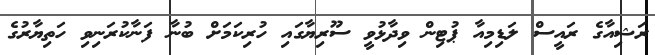
ރަޝިއާގެ ރައީސް ލަޑިމިއާ ޕުޓިން ވިދާޅުވީ ސޫރިޔާގައި ހުރިކަމަށް ބުނާ ފަނާކުރަނިވި ހަތިޔާރުގެ